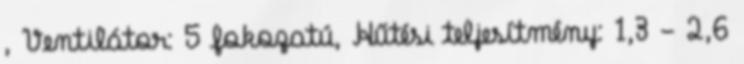
, Ventilátor: 5 fokozatú, Hűtési teljesítmény: 1,3 - 2,6